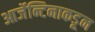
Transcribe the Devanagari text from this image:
आर्जेन्टिनाकडून